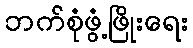
ဘက်စုံဖွံ့ဖြိုးရေး